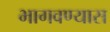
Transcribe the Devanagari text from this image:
भागवण्यास